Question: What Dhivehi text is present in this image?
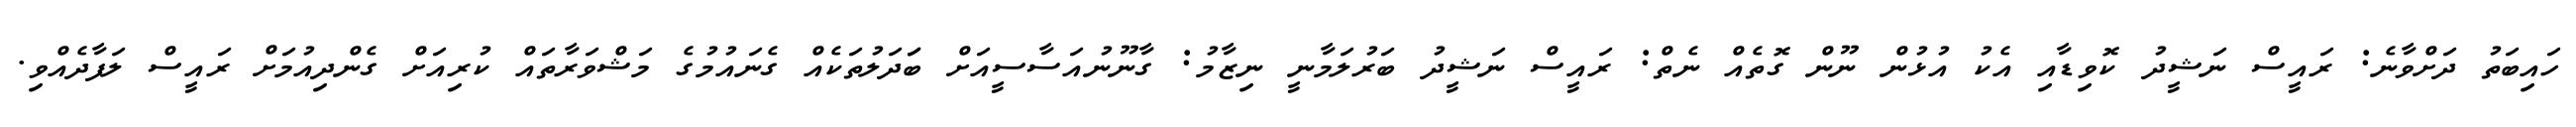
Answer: ހައިބަތު ދަށްވާނެ: ރައީސް ނަޝީދު ކޮވިޑާއި އެކު އުޅުން ނޫން ގޮތެއް ނެތް: ރައީސް ނަޝީދު ބަރުލަމާނީ ނިޒާމު: ގާނޫނުއަސާސީއަށް ބަަދަލުތަކެއް ގެނައުމުގެ މަޝްވަރާތައް ކުރިއަށް ގެންދިއުމަށް ރައީސް ލަފާދެއްވި.